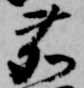
鹿